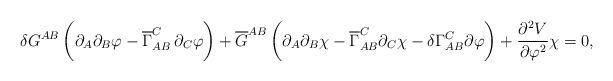
\begin{align*}\delta G^{A B} \,\biggl( \partial_{A} \partial_{B} \varphi -\overline{\Gamma}_{A B}^{C}\, \partial_{C} \varphi \biggr) + \overline{G}^{A B} \,\biggl( \partial_{A} \partial_{B} \chi - \overline{\Gamma}_{A B}^{C} \partial_{C} \chi - \delta \Gamma^{C}_{A B} \partial\varphi\biggr) + \frac{\partial^2 V}{\partial \varphi^2}\chi=0,\end{align*}